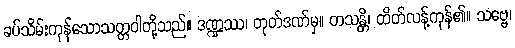
ခပ်သိမ်းကုန်သောသတ္တဝါတို့သည်။ ဒဏ္ဍဿ၊ တုတ်ဒဏ်မှ။ တသန္တိ၊ ထိတ်လန့်ကုန်၏။ သဗ္ဗေ၊